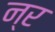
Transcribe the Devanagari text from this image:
न्र